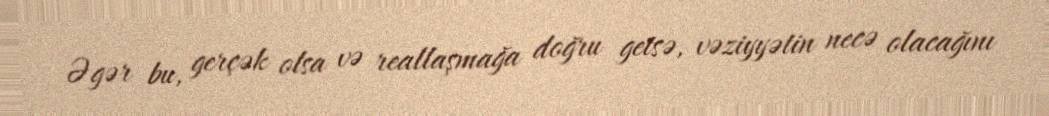
Əgər bu, gerçək olsa və reallaşmağa doğru getsə, vəziyyətin necə olacağını